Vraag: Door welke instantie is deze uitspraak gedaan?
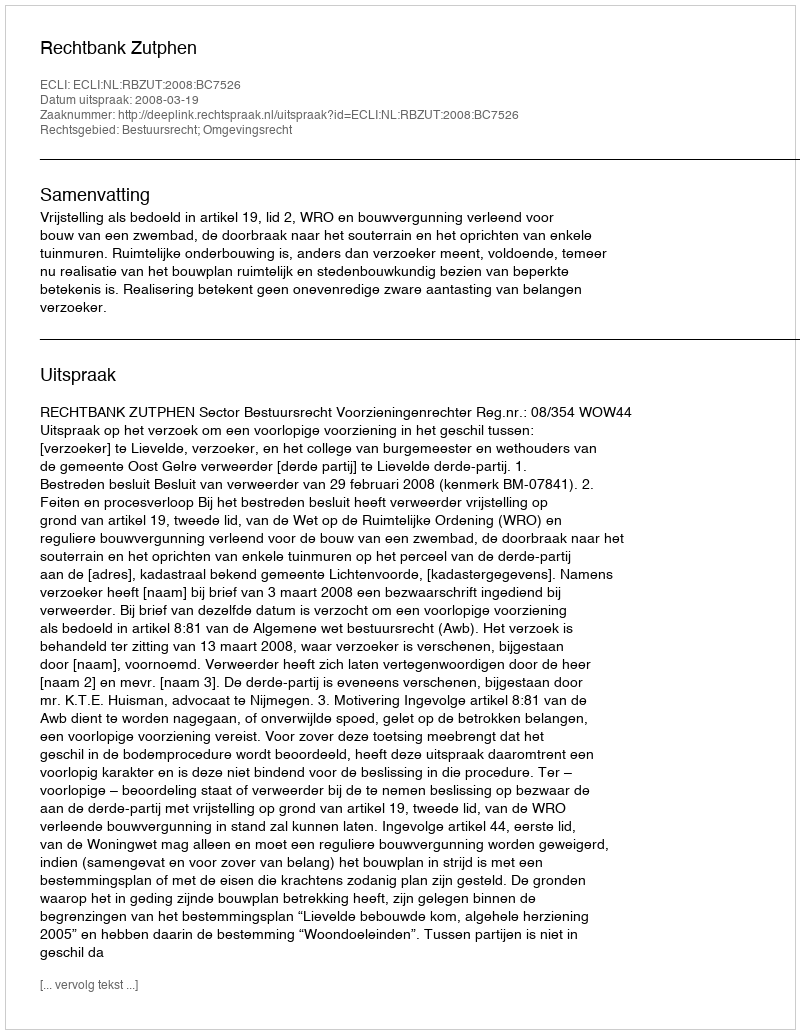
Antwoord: Rechtbank Zutphen